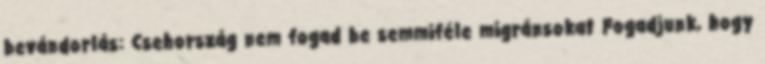
bevándorlás: Csehország nem fogad be semmiféle migránsokat Fogadjunk, hogy